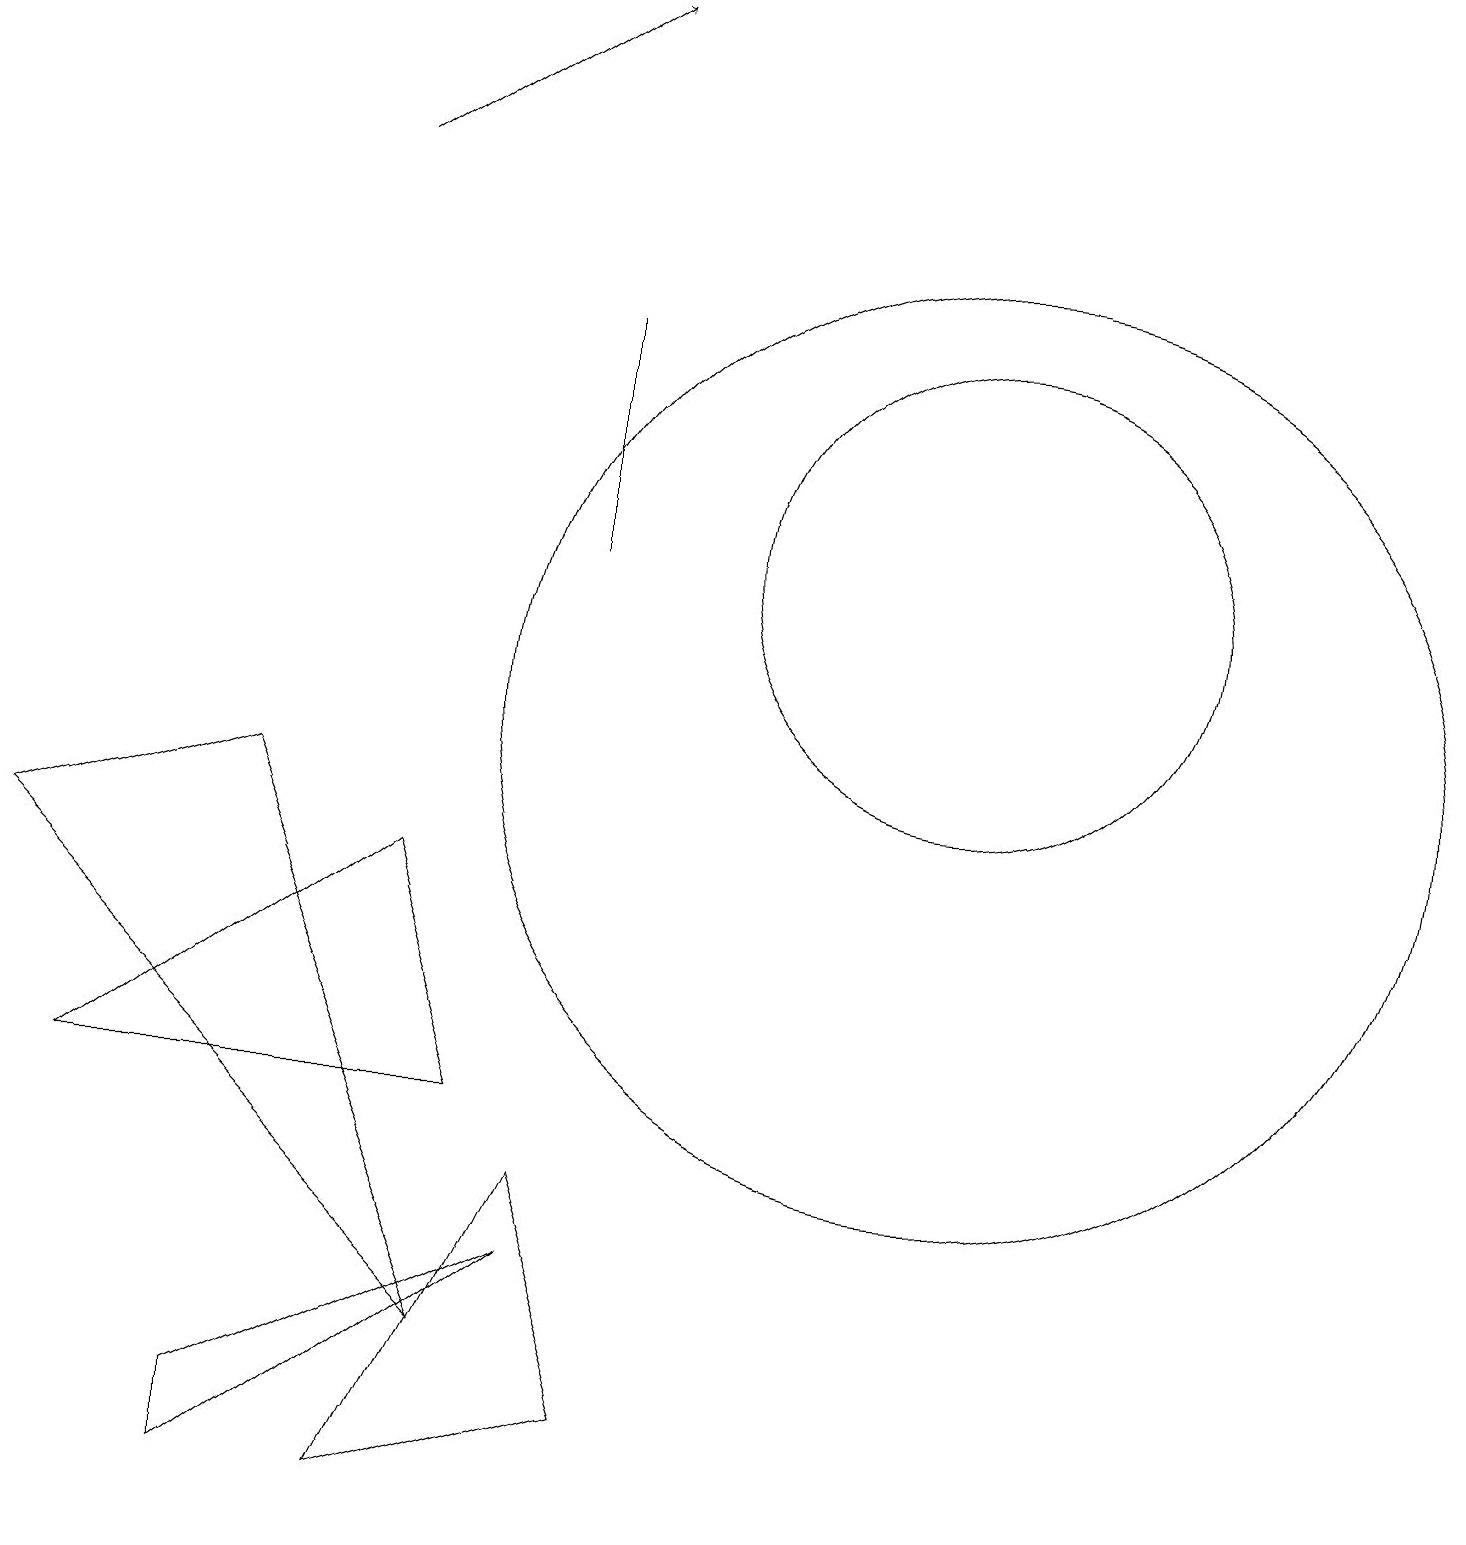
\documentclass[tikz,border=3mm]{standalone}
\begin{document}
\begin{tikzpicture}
\draw (12,12) circle (3);
\draw (3,0) -- (3,1) -- (7,3) -- cycle;
\draw (7,4) -- (8,1) -- (5,0) -- cycle;
\draw (3,9) -- (6,2) -- (0,8) -- cycle;
\draw (12,10) circle (6);
\draw (7,12) rectangle (7,15);
\draw[->] (4,17) -- (7,19);
\draw (1,5) -- (6,5) -- (5,8) -- cycle;
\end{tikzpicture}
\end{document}